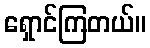
ရှောင်ကြတယ်။